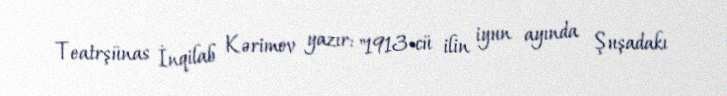
Teatrşünas İnqilab Kərimov yazır: "1913-cü ilin iyun ayında Şuşadakı